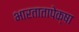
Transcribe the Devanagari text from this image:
भारतातापेक्षा